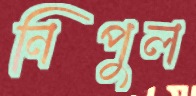
নিপুল